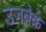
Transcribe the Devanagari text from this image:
उजबेक